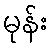
မုန်း